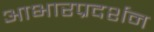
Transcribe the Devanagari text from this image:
आभारप्रदर्शन